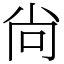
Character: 尙